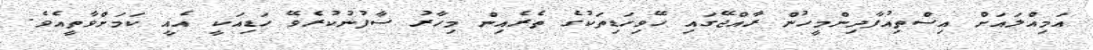
އަމިއްލައަށް އިސްތިއުފާދިންމީހުން ރާއްޖޭގައި ހޭވިހަޑިތަކުގެ ތެރެއިން މިހާރު ސާފުނުކުރެވޭ ހަޑިއަކީ އެއީ ކަމަށްވާތީއެވެ.